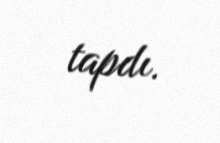
tapdı.